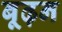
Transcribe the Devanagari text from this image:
बूढ़न